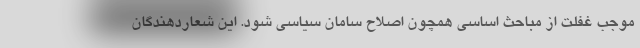
موجب غفلت از مباحث اساسی همچون اصلاح سامان سیاسی شود. این شعاردهندگان